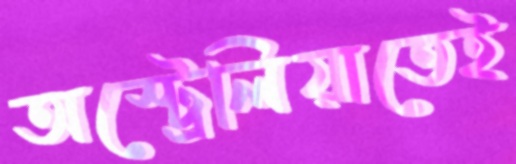
অস্ট্রেলিয়াতেই